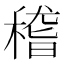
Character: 𥠻